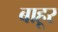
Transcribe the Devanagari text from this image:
बाहूर